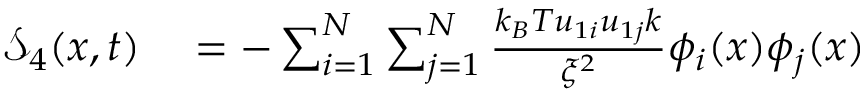
\begin{array} { r l } { \mathcal { S } _ { 4 } ( x , t ) } & { { } = - \sum _ { i = 1 } ^ { N } \sum _ { j = 1 } ^ { N } \frac { k _ { B } T u _ { 1 i } u _ { 1 j } k } { \xi ^ { 2 } } \phi _ { i } ( x ) \phi _ { j } ( x ) } \end{array}